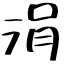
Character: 涓